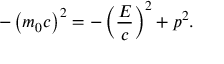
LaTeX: - \left( m _ { 0 } c \right) ^ { 2 } = - \left( { \frac { E } { c } } \right) ^ { 2 } + p ^ { 2 } .